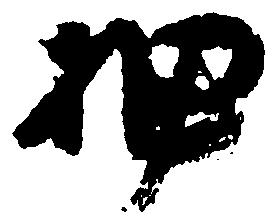
押